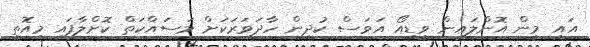
އައި މީން އޮންލައިން ވީޑިއޯ އަވަސް ކުދިން ހާދަވަރަކަށް މަސައްކަތް ކޮށްލާފައި މިއޮތީ